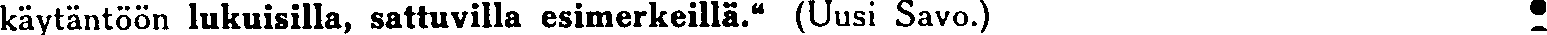
käytäntöön lukuisilla, sattuvilla esimerkeillä.'' (Uusi Savo.)e